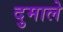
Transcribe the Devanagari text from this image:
दुमाले